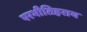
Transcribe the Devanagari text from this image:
परभीतिहराय